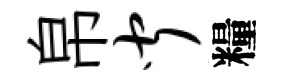
帛闻糧